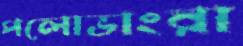
পলোভাংরা